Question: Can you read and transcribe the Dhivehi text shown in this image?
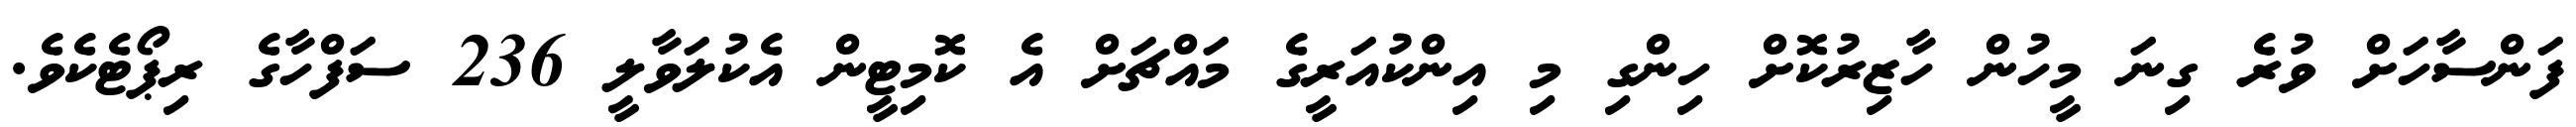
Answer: ފަންސާހަށް ވުރެ ގިނަ މީހުން ހާޒިރުކޮށް ހިންގި މި އިންކުއަރީގެ މައްޗަށް އެ ކޮމިޓީން އެކުލަވާލީ 236 ސަފްހާގެ ރިޕޯޓެކެވެ.